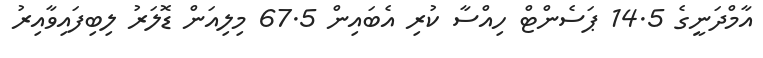
އާމްދަނީގެ 14.5 ޕަސެންޓް ހިއްސާ ކުރި އެބައިން 67.5 މިލިއަން ޑޮލަރު ލިބިފައިވާއިރު